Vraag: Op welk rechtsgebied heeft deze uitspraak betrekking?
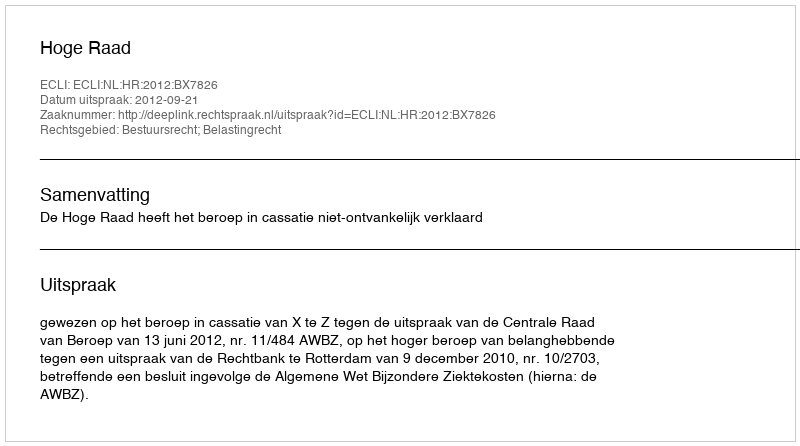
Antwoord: Bestuursrecht; Belastingrecht